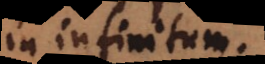
in infinitum..